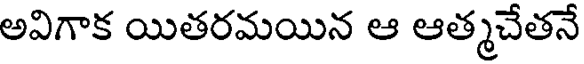
అవిగాక యితరమయిన ఆ ఆత్మచేతనే